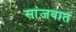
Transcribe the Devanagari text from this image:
सांजवात